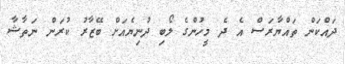
ދައްކަން ތައްޔާރަސް އެ ދެ މީހުންގެ ލޯބި ދުނިޔެއަށް ބޭޒާރު ކުރަން ނަތާޝާ